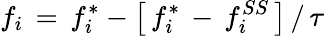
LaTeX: f_{i}\, =\, f_{i}^{*}-\left[\, f_{i}^{*}\, -\, f_{i}^{SS}\, \right]\, /\, \tau